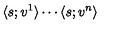
\langle s ; v ^ { 1 } \rangle \cdots \langle s ; v ^ { n } \rangle